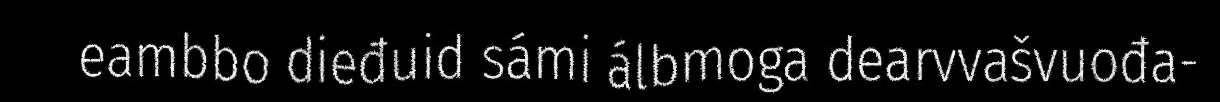
eambbo dieđuid sámi álbmoga dearvvašvuođa-